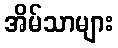
အိမ်သာများ